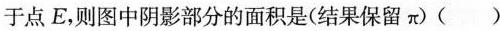
于点E，则图中阴影部分的面积是(结果保留π)()